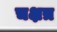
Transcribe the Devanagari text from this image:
चक्षत्र